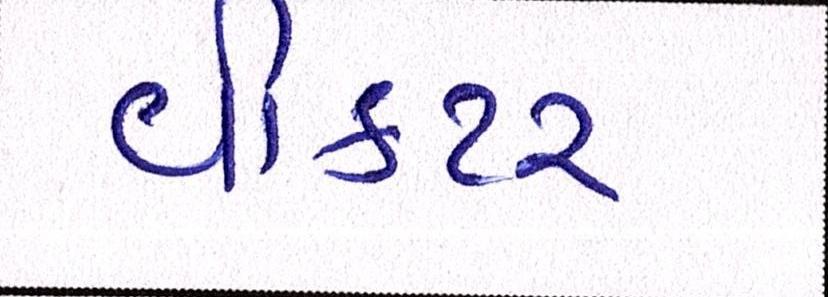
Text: વીકટર